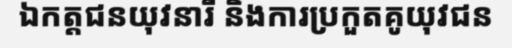
ឯកត្តជនយុវនារី និងការប្រកួតគូយុវជន